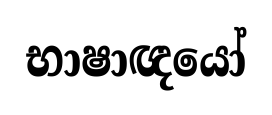
භාෂාඥයෝ